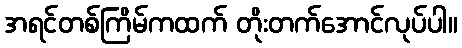
အရင်တစ်ကြိမ်ကထက် တိုးတက်အောင်လုပ်ပါ။